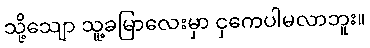
သို့သျော သူ့ခမြာလေးမှာ ငှကေပါမလာဘူး။